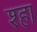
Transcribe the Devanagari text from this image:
श्हा